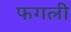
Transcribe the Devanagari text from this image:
फगली